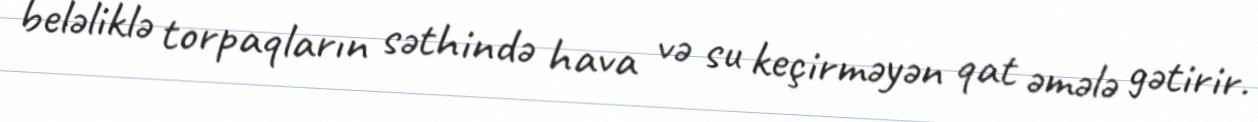
beləliklə torpaqların səthində hava və su keçirməyən qat əmələ gətirir.